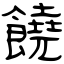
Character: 饒